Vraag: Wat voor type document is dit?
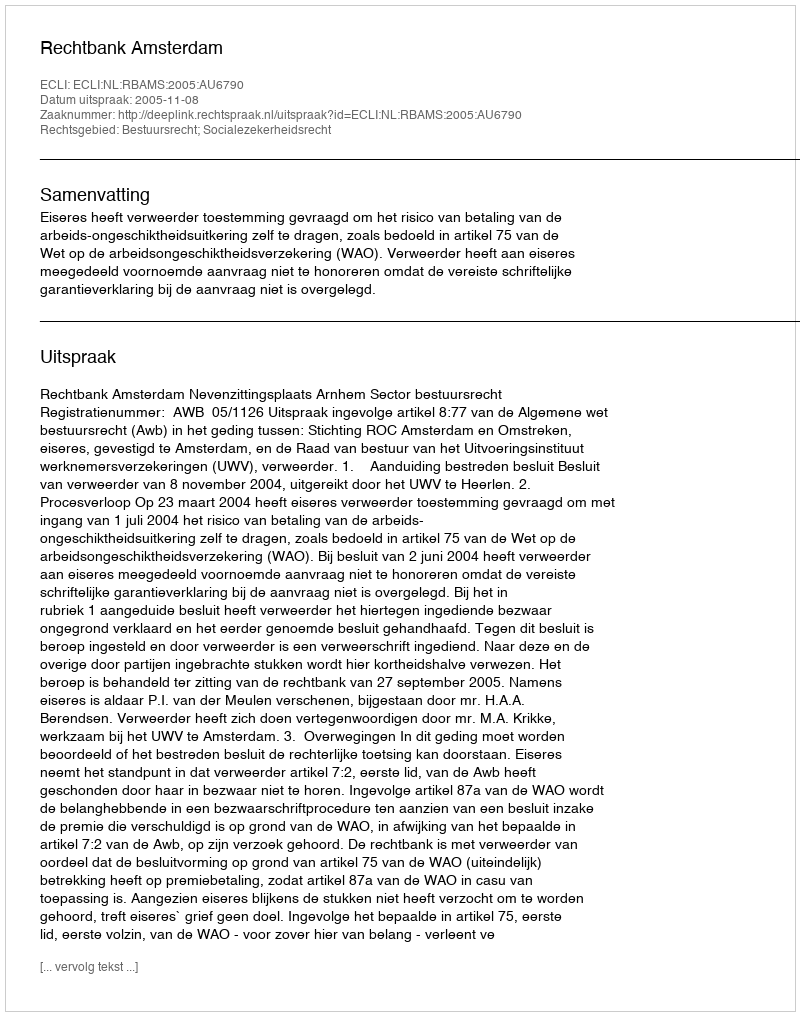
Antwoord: Uitspraak